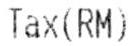
TAX(RM)